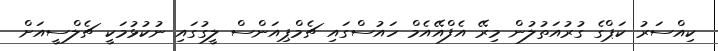
ކިއްސަރު ކަޕްގެ ގުރުއަތުލުން މިރޭ އެފްއޭއެމް ހައުސްގައި ޗެމްޕިއަންސް ލީގުގައި ނުކުޅުމަކީ ޗެލްސީއަށް